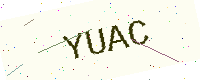
Text: YUAC